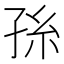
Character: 𭓂